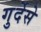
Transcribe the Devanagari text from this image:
गुर्देसे